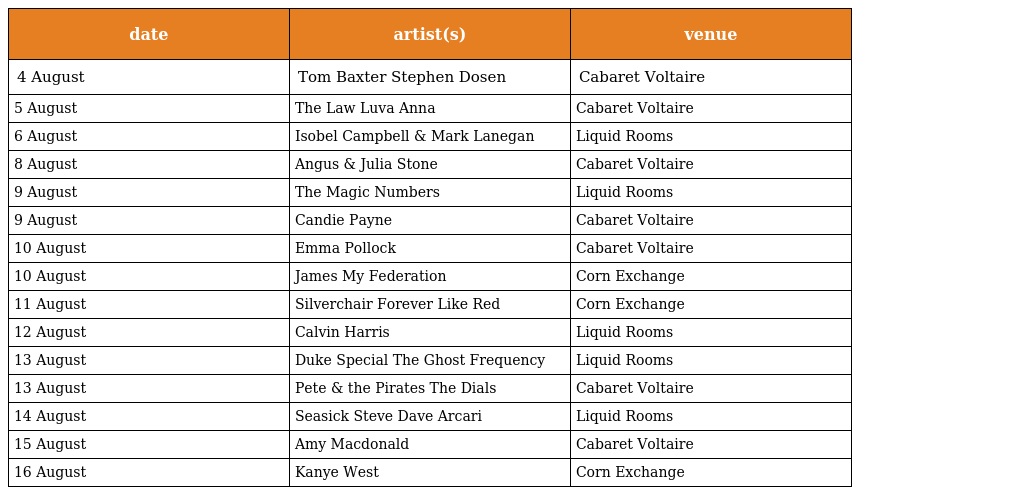
| date | artist(s) | venue |
 | --- | --- | --- |
 | 4 August | Tom Baxter Stephen Dosen | Cabaret Voltaire |
 | 5 August | The Law Luva Anna | Cabaret Voltaire |
 | 6 August | Isobel Campbell & Mark Lanegan | Liquid Rooms |
 | 8 August | Angus & Julia Stone | Cabaret Voltaire |
 | 9 August | The Magic Numbers | Liquid Rooms |
 | 9 August | Candie Payne | Cabaret Voltaire |
 | 10 August | Emma Pollock | Cabaret Voltaire |
 | 10 August | James My Federation | Corn Exchange |
 | 11 August | Silverchair Forever Like Red | Corn Exchange |
 | 12 August | Calvin Harris | Liquid Rooms |
 | 13 August | Duke Special The Ghost Frequency | Liquid Rooms |
 | 13 August | Pete & the Pirates The Dials | Cabaret Voltaire |
 | 14 August | Seasick Steve Dave Arcari | Liquid Rooms |
 | 15 August | Amy Macdonald | Cabaret Voltaire |
 | 16 August | Kanye West | Corn Exchange |